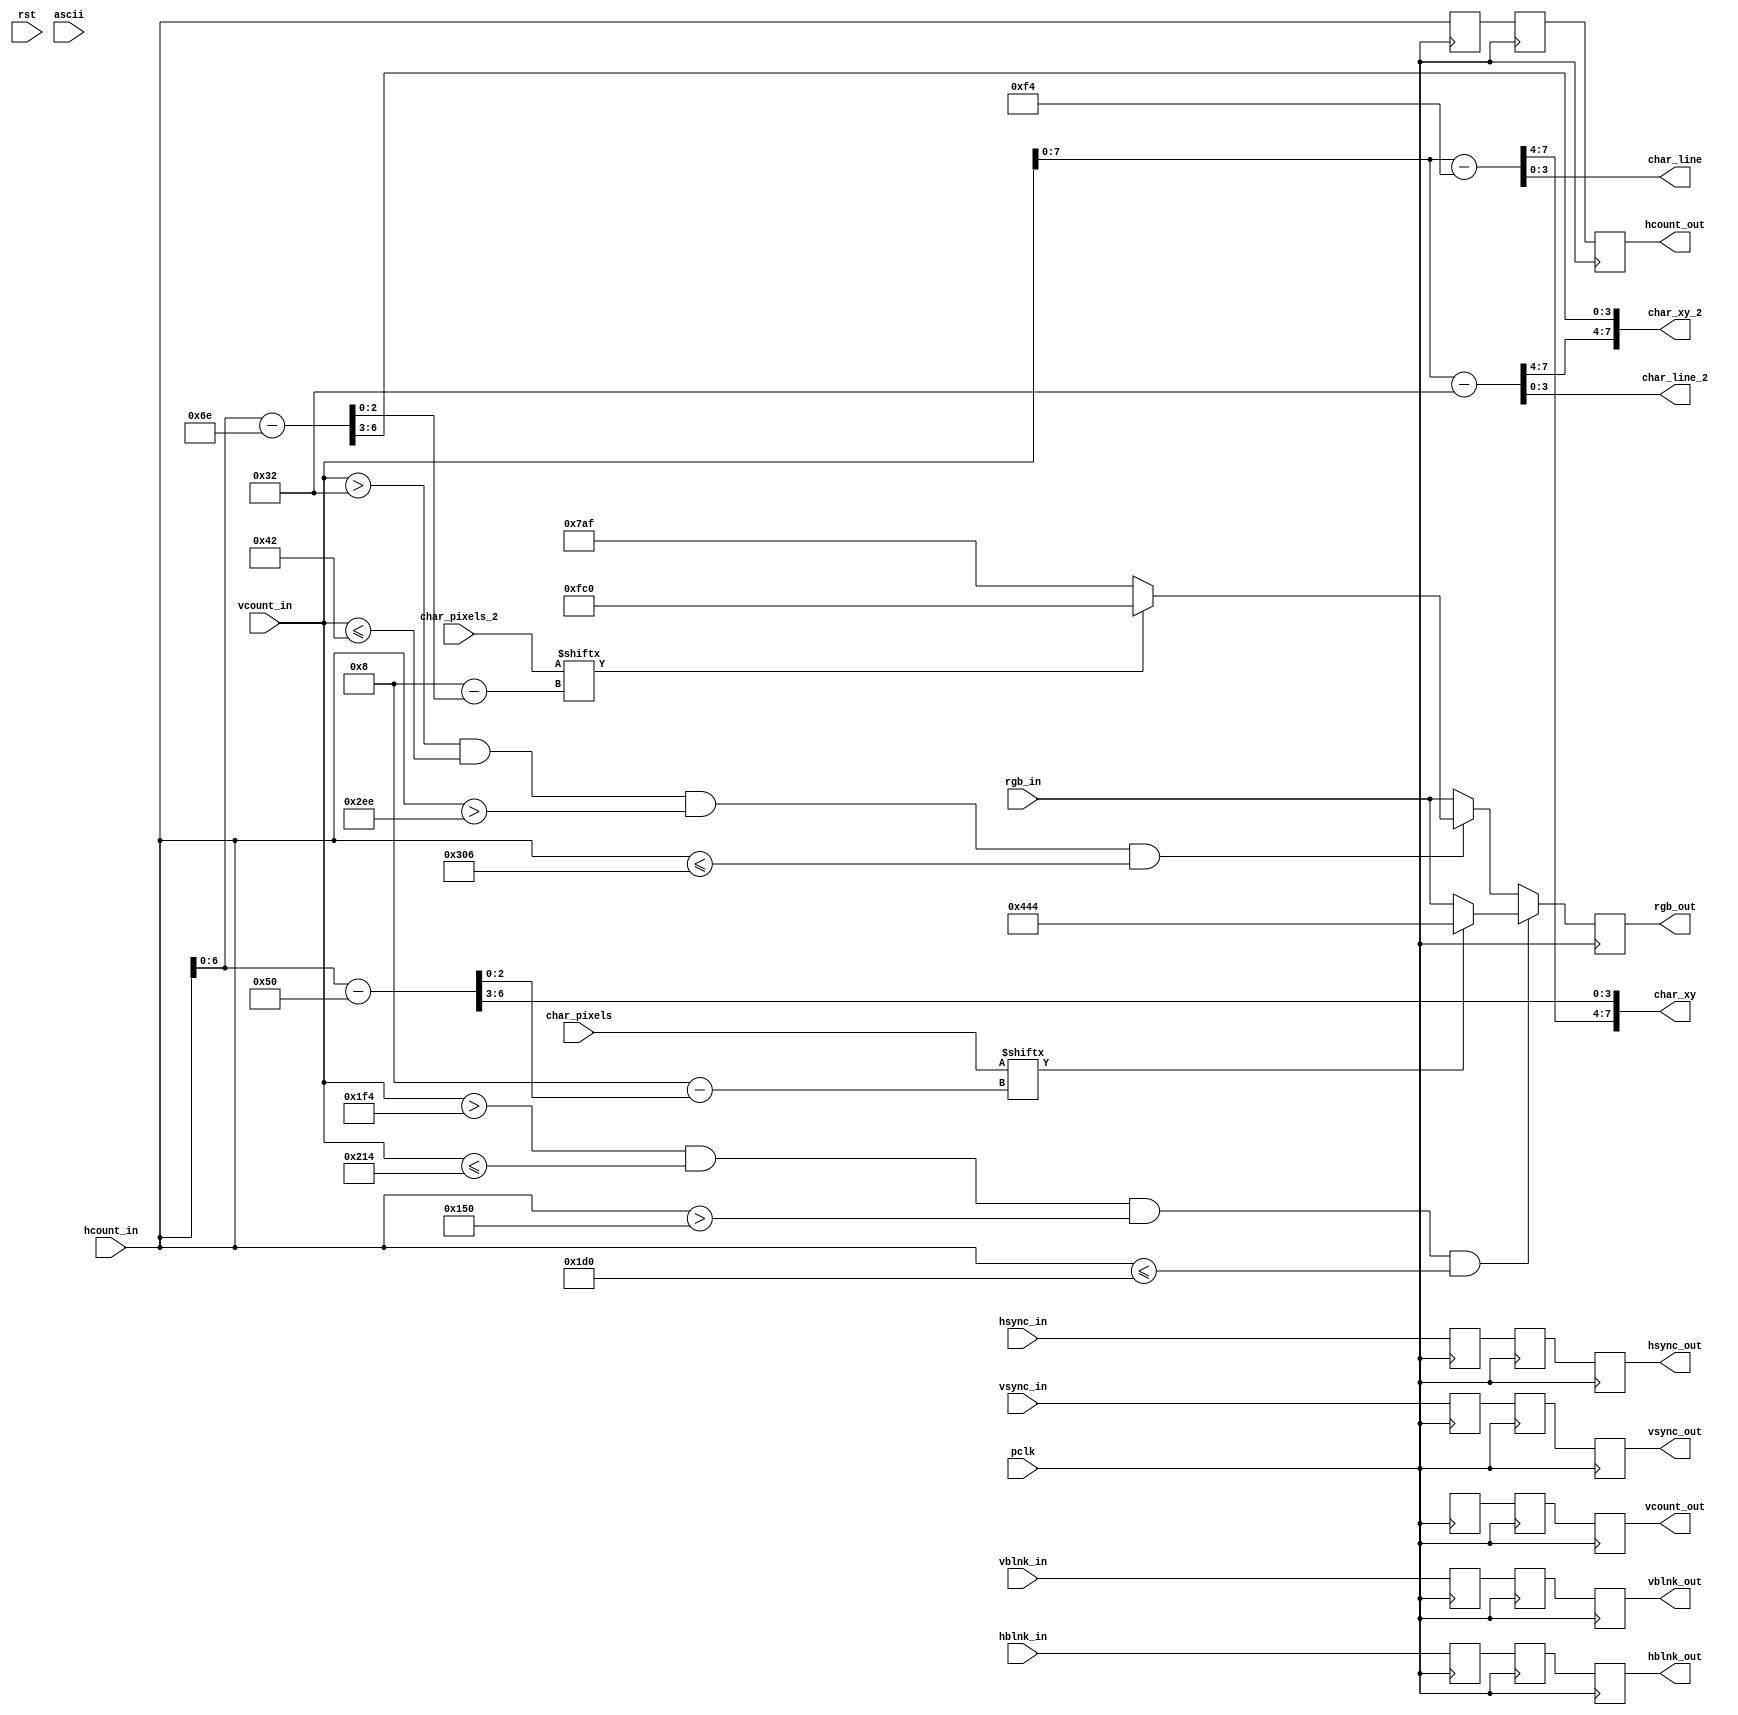
`timescale 1ns / 1ps
//////////////////////////////////////////////////////////////////////////////////
// Company: 
// Engineer: 
// 
// Design Name: 
// Module Name: draw_rect_char
// Project Name: 
// Target Devices: 
// Tool Versions: 
// Description: 
// 
// Dependencies: 
// 
// Revision:
// Revision 0.01 - File Created
// Additional Comments:
// 
//////////////////////////////////////////////////////////////////////////////////


module draw_rect_char(
    input wire [10:0] hcount_in, 
    input wire hsync_in,
    input wire hblnk_in,
    input wire [10:0] vcount_in,
    input wire vsync_in,
    input wire vblnk_in,
    input wire pclk,
    input wire [11:0] rgb_in,
    input wire rst,
    input wire [7:0] char_pixels,
    input wire [7:0] char_pixels_2,
    input wire [7:0] ascii,
    
    output reg [10:0] hcount_out,
    output reg hsync_out,
    output reg hblnk_out,
    output reg [10:0] vcount_out,
    output reg vsync_out,
    output reg vblnk_out,
    output reg [11:0] rgb_out,
    output [7:0] char_xy,
    output [3:0] char_line,
    output [7:0] char_xy_2,
    output [3:0] char_line_2
    );
    
    reg hsync_buff, hblnk_buff, vsync_buff, vblnk_buff, hsync_buff2, hblnk_buff2, vsync_buff2, vblnk_buff2;
    reg [10:0] hcount_buff, vcount_buff, char_addr, hcount, vcount, hcount_buff2, vcount_buff2;
    reg [11:0] rgb_out_nxt, rgb_buff, rgb_buff2;
    wire [10:0] hcount_in_rect, vcount_in_rect, hcount_in_rect_2, vcount_in_rect_2;
    
    localparam LETTERS = 12'h4_4_4, BG = 12'h7_a_f;
    localparam RECT_X = 336, RECT_Y = 500;
    localparam LETTERS_2 = 12'hf_c_0;
    localparam RECT_X_2 = 750, RECT_Y_2 = 50;
    
    
    always @(posedge pclk) begin
        hcount_buff <= hcount_in;
        hsync_buff <= hsync_in;
        hblnk_buff <= hblnk_in;
        vcount_buff <= vcount;
        vsync_buff <= vsync_in; 
        vblnk_buff <= vblnk_in;
        rgb_buff <= rgb_in;
        
        hcount_buff2 <= hcount_buff;
        hsync_buff2 <= hsync_buff;
        hblnk_buff2 <= hblnk_buff;
        vcount_buff2 <= vcount_buff;
        vsync_buff2 <= vsync_buff; 
        vblnk_buff2 <= vblnk_buff;
        rgb_buff2 <= rgb_buff;
    
        hcount_out <= hcount_buff2;
        hsync_out <= hsync_buff2;
        hblnk_out <= hblnk_buff2;
        vcount_out <= vcount_buff2;
        vsync_out <= vsync_buff2; 
        vblnk_out <= vblnk_buff2;
        
        rgb_out <= rgb_out_nxt;
    
    end
     
    always @* begin
    
        if( vcount_in > RECT_Y && vcount_in <= RECT_Y + 32 && hcount_in > RECT_X && hcount_in <= RECT_X + 128) begin
            if (char_pixels[4'b1000-hcount_in_rect[2:0]])
                 rgb_out_nxt = LETTERS; 
            else
                rgb_out_nxt = rgb_in;
            end 
        else if( vcount_in > RECT_Y_2 && vcount_in <= RECT_Y_2 + 16 && hcount_in > RECT_X_2 && hcount_in <= RECT_X_2 + 24) begin
            if (char_pixels_2[4'b1000-hcount_in_rect_2[2:0]])
                 rgb_out_nxt = LETTERS_2; 
            else
                rgb_out_nxt = BG;
            end 
            
        else 
           rgb_out_nxt = rgb_in;
    end
   
     assign char_xy = {vcount_in_rect[7:4], hcount_in_rect[6:3]};
     assign char_line = vcount_in_rect[3:0] ; 
     
     
     assign vcount_in_rect = vcount_in - RECT_Y;
     assign hcount_in_rect = hcount_in - RECT_X;
     
      assign char_xy_2 = {vcount_in_rect_2[7:4], hcount_in_rect_2[6:3]};
      assign char_line_2 = vcount_in_rect_2[3:0] ; 
     
     
     assign vcount_in_rect_2 = vcount_in - RECT_Y_2;
     assign hcount_in_rect_2 = hcount_in - RECT_X_2;
endmodule